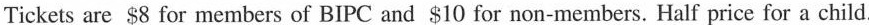
Tickets are $8 for members of BIPC and $10 for non-members. Half price for a child.